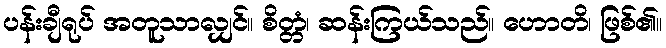
ပန်းချီရုပ် အတူသာလျှင်။ စိတ္တံ၊ ဆန်းကြယ်သည်။ ဟောတိ၊ ဖြစ်၏။